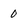
Character: 0